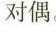
对偶。